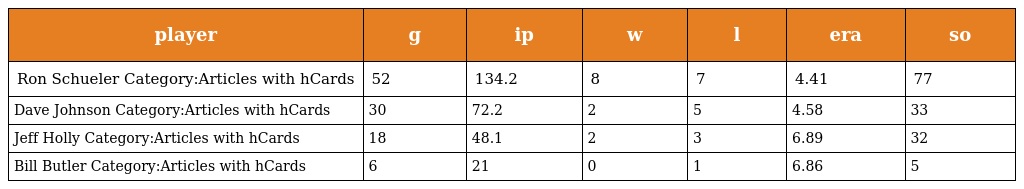
| player | g | ip | w | l | era | so |
 | --- | --- | --- | --- | --- | --- | --- |
 | Ron Schueler Category:Articles with hCards | 52 | 134.2 | 8 | 7 | 4.41 | 77 |
 | Dave Johnson Category:Articles with hCards | 30 | 72.2 | 2 | 5 | 4.58 | 33 |
 | Jeff Holly Category:Articles with hCards | 18 | 48.1 | 2 | 3 | 6.89 | 32 |
 | Bill Butler Category:Articles with hCards | 6 | 21 | 0 | 1 | 6.86 | 5 |